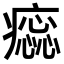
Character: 𤺫